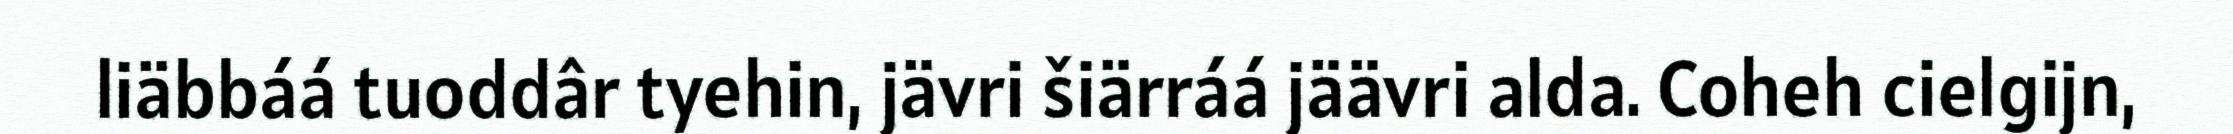
liäbbáá tuoddâr tyehin, jävri šiärráá jäävri alda. Coheh cielgijn,